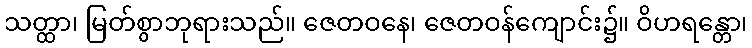
သတ္ထာ၊ မြတ်စွာဘုရားသည်။ ဇေတဝနေ၊ ဇေတဝန်ကျောင်း၌။ ဝိဟရန္တော၊